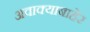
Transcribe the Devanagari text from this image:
अवाक्याबाहेर